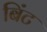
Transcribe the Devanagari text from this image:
बिंट